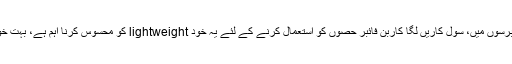
کاربن فائبر کا استعمال ہوتا ہے گاڑی میں طویل عرصے پہلے، حالیہ برسوں میں، سول کاریں لگا کاربن فائبر حصوں کو استعمال کرنے کے لئے یہ خود lightweight کو محسوس کرنا اہم ہے، بہت خوبصورت، فیشن، نوجوانوں کی طرف سے مقبول ظہور نقطہ نظر ہے ۔